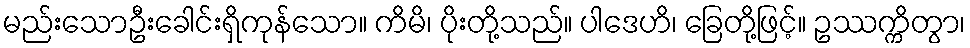
မည်းသောဦးခေါင်းရှိကုန်သော။ ကိမိ၊ ပိုးတို့သည်။ ပါဒေဟိ၊ ခြေတို့ဖြင့်။ ဥဿက္ကိတွာ၊